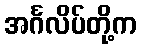
အင်္ဂလိပ်တို့က